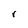
Character: r